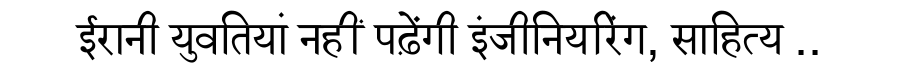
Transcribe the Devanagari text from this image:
ईरानी युवतियां नहीं पढ़ेंगी इंजीनियरिंग, साहित्य ..